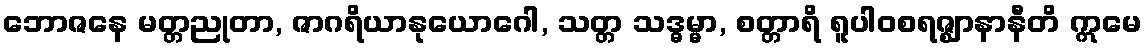
ဘောဇနေ မတ္တညုတာ, ဇာဂရိယာနုယောဂေါ, သတ္တ သဒ္ဓမ္မာ, စတ္တာရိ ရူပါဝစရဇ္ဈာနာနီတိ ဣမေ